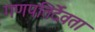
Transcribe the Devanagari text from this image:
गणपतिर्देवता